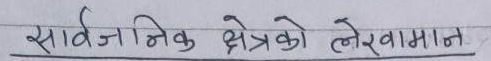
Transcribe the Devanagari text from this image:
सार्वजनिक क्षेत्रको लेखामापन